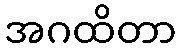
အဂထိတာ